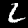
Digit: 2